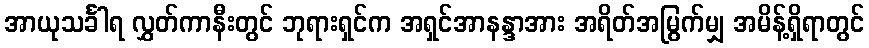
အာယုသင်္ခါရ လွှတ်ကာနီးတွင် ဘုရားရှင်က အရှင်အာနန္ဒာအား အရိတ်အမြွက်မျှ အမိန့်ရှိရာတွင်